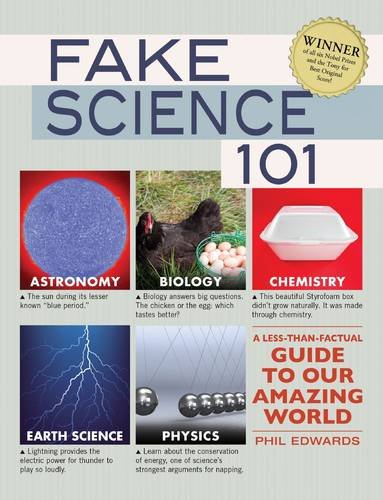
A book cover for Fake Science 101: A Less-Than-Factual Guide to Our Amazing World; Phil Edwards; Humor & Entertainment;